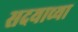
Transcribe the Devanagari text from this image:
सदयाच्या